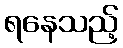
ရနေသည့်